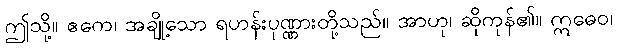
ဤသို့။ ဧကေ၊ အချို့သော ရဟန်းပုဏ္ဏားတို့သည်။ အာဟု၊ ဆိုကုန်၏။ ဣဓေဝ၊